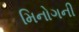
મિનોગની